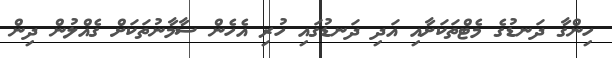
ހިންގާ ދަނޑުގެ މެޓްތަކަށާއި އަދި ދަނޑުގައި ހުރި އެހެން ސާމާނުތަކަށް ގެއްލުން ދިން